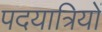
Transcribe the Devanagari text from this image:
पदयात्रियों